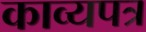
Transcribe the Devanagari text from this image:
काव्यपत्र